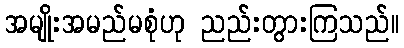
အမျိုးအမည်မစုံဟု ညည်းတွားကြသည်။